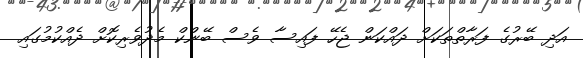
އަދި ބޭރުގެ ފަރާތްތަކަށް ދައްކަން ޖެހޭ ފައިސާ ވެސް ބޭންކް މެދުވެރިކޮށް ދެއްކުމުގައި